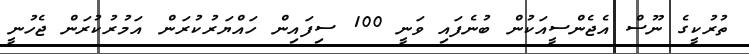
ތުރުކީގެ ނޫސް އެޖެންސީއަކުން ބުނެފައި ވަނީ 100 ސިފައިން ހައްޔަރުކުރަން އަމުރުކުރަން ޖެހުނީ